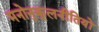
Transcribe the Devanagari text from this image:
मनोनुकूलनीतियों